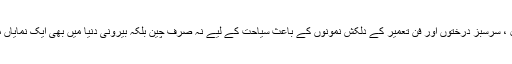
اگرچہ چھنگ تاو اپنے خوبصورت مناظر ، سرخ چھتوں ، بحر زرد کے نیلے ٹھنڈے پانی ، شفاف ماحول ، سرسبز درختوں اور فن تعمیر کے دلکش نمونوں کے باعث سیاحت کے لیے نہ صرف چین بلکہ بیرونی دنیا میں بھی ایک نمایاں مقام رکھتا ہے مگر ایس سی او کا اجلاس یقینی طور پر اس شہر کی عالمی ساکھ کو مزید اجاگر کرے گا۔